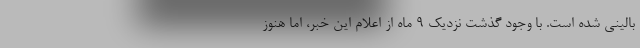
بالینی شده است. با وجود گذشت نزدیک 9 ماه از اعلام این خبر، اما هنوز